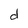
Character: d